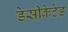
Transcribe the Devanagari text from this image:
डेसीकेटेड